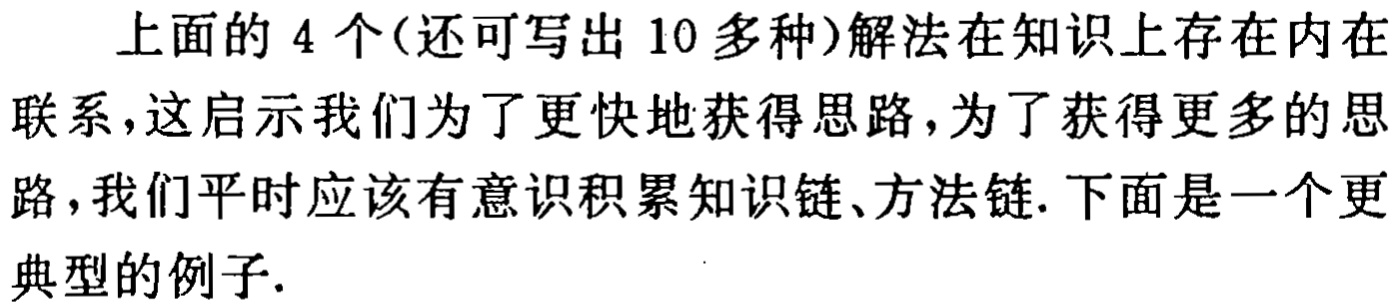
上面的 4 个(还可写出 10 多种)解法在知识上存在内在联系，这启示我们为了更快地获得思路，为了获得更多的思路，我们平时应该有意识积累知识链、方法链. 下面是一个更典型的例子.